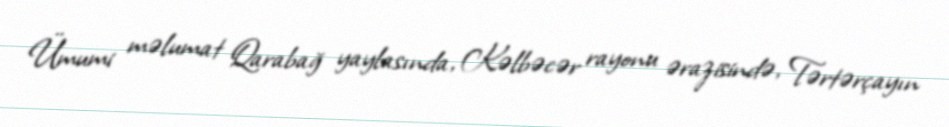
Ümumi məlumat Qarabağ yaylasında, Kəlbəcər rayonu ərazisində, Tərtərçayın